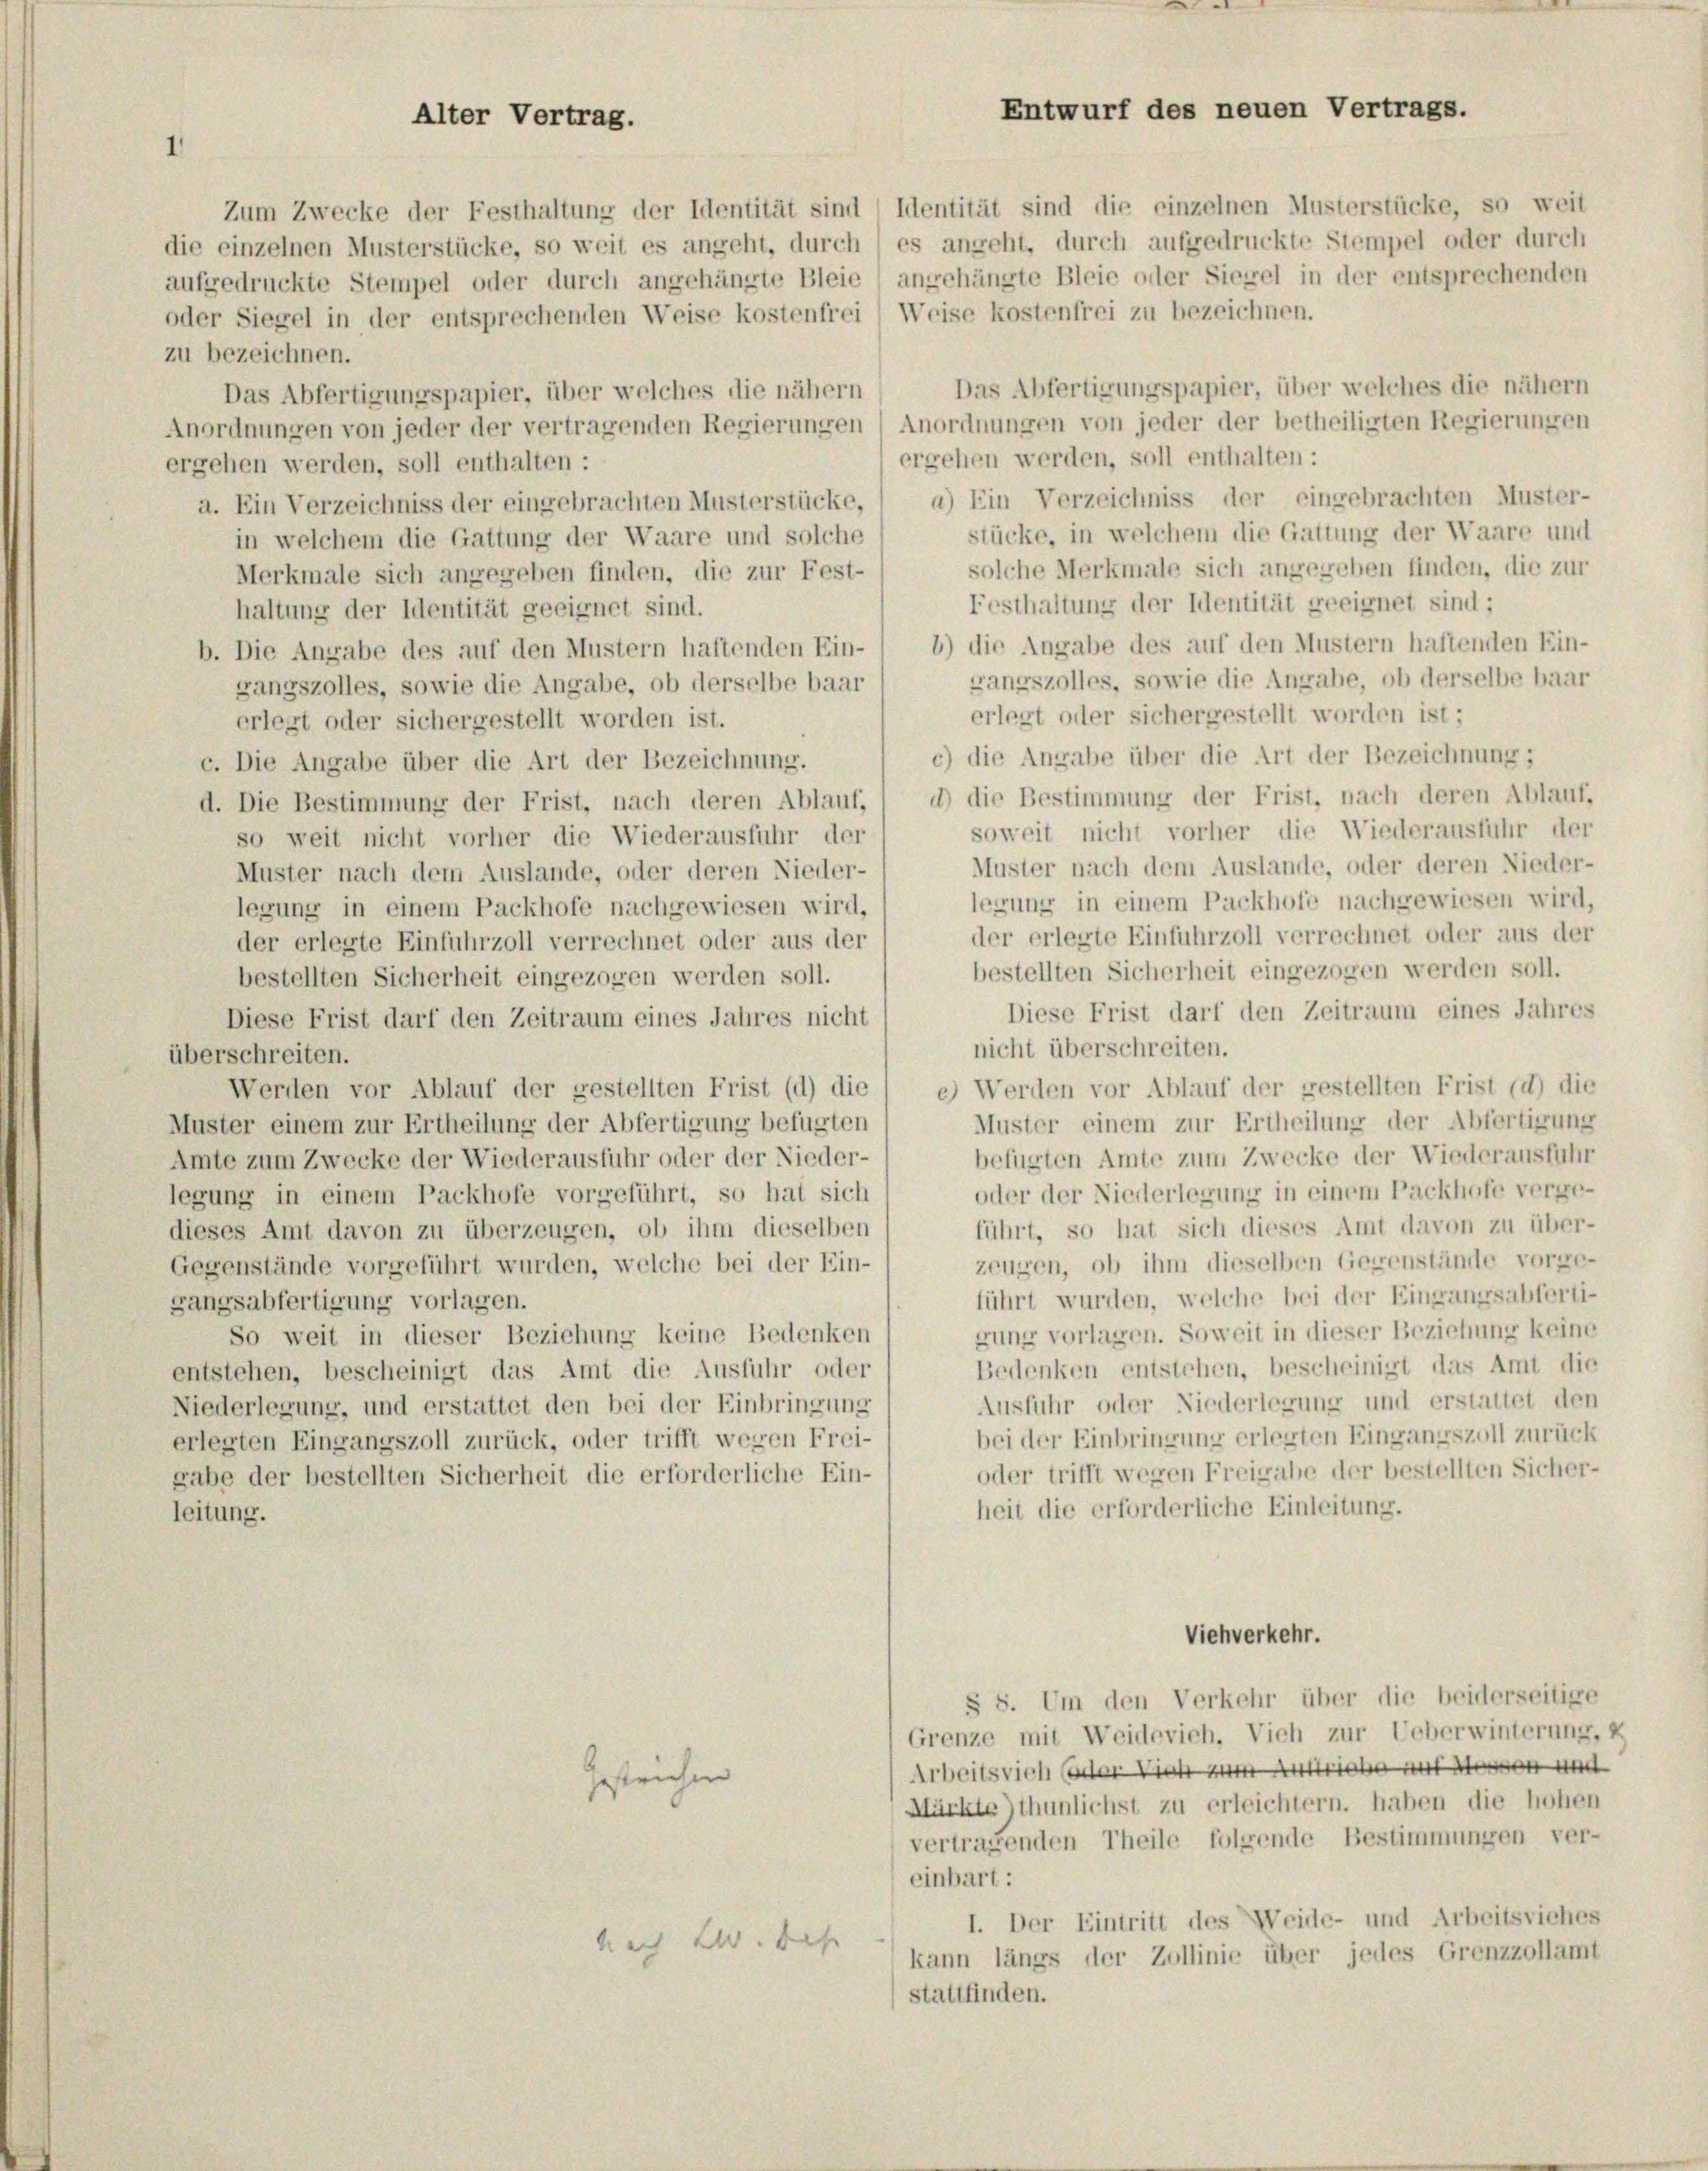
Alter Vertrag.

Zum Zwecke der Festhaltung der Identität sind (Identität sind die einzelnen Musterstücke, so weit
die einzelnen Musterstücke, so weit es angeht, durch / es angeht, durch aufgedruckte Stempel oder durch
aufgedruckte Stempel oder durch angehängte Bleie) angehängte Bleie oder Siegel in der entsprechenden
oder Siegel in der entsprechenden Weise kostenfrei Weise kostenfrei zu bezeichnen.
zu bezeichnen.
Das Abfertigungspapier, über welches die nähern
Das Abfertigungspapier, über welches die nähern
Anordnungen von jeder der vertragenden Regierungen Anordnungen von jeder der betheiligten Regierungen
ergehen werden, soll enthalten:
ergehen werden, soll enthalten :
a. Ein Verzeichniss der eingebrachten Musterstücke, ( a) Ein Verzeichniss der eingebrachten Muster-
stücke, in welchem die Gattung der Waare und
in welchem die Gattung der Waare und solche
solche Merkmale sich angegeben finden, die zur
Merkmale sich angegeben finden, die zur Fest-
Festhaltung der Identität geeignet sind;
haltung der Identität geeignet sind.
b. Die Angabe des auf den Mustern haftenden Ein- / b) die Angabe des auf den Mustern haftenden Ein-
gangszolles, sowie die Angabe, ob derselbe baar
gangszolles, sowie die Angabe, ob derselbe baar
erlegt oder sichergestellt worden ist;
erlegt oder sichergestellt worden ist.
c) die Angabe über die Art der Bezeichnung;
c. Die Angabe über die Art der Bezeichnung.
d. Die Bestimmung der Frist, nach deren Ablauf, ( d) die Bestimmung der Frist, nach deren Ablauf,
soweit nicht vorher die Wiederausführ der
so weit nicht vorher die Wiederausfuhr der
Muster nach dem Auslande, oder deren Nieder-
Muster nach dem Auslande, oder deren Nieder-
legung in einem Packhofe nachgewiesen wird,
legung in einem Packhofe nachgewiesen wird,
der erlegte Einfuhrzoll verrechnet oder aus der
der erlegte Einfuhrzoll verrechnet oder aus der
bestellten Sicherheit eingezogen werden soll.
bestellten Sicherheit eingezogen werden soll.
Diese Frist darf den Zeitraum eines Jahres
Diese Frist darf den Zeitraum eines Jahres nicht
nicht überschreiten.
überschreiten.
Werden vor Ablauf der gestellten Frist (d) die / e) Werden vor Ablauf der gestellten Frist (a) die
Muster einem zur Ertheilung der Abfertigung
Muster einem zur Ertheilung der Abfertigung befugten
befugten Amte zum Zwecke der Wiederausfuhr
Amte zum Zwecke der Wiederausfuhr oder der Nieder-
oder der Niederlegung in einem Packhofe verge-
legung in einem Packhofe vorgeführt, so hat sich
führt, so hat sich dieses Amt davon zu über-
dieses Amt davon zu überzeugen, ob ihm dieselben
zeugen, ob ihm dieselben Gegenstände vorge-
Gegenstände vorgeführt wurden, welche bei der Ein-
führt wurden, welche bei der Eingangsabferti-
gangsabfertigung vorlagen.
gung vorlagen. Soweit in dieser Beziehung keine
So weit in dieser Beziehung keine Bedenken
Bedenken entstehen, bescheinigt das Amt die
entstehen, bescheinigt das Amt die Ausfuhr oder
Ausfuhr oder Niederlegung und erstattet den
Niederlegung, und erstattet den bei der Einbringung
bei der Einbringung erlegten Eingangszoll zurück
erlegten Eingangszoll zurück, oder trifft wegen Frei-
oder trifft wegen Freigabe der bestellten Sicher-
gabe der bestellten Sicherheit die erforderliche Ein-
heit die erforderliche Einleitung.
leitung.
Viehverkehr.
§ 8. Um den Verkehr über die beiderseitige
Grenze mit Weidevieh, Vieh zur Ueberwinterung, z
Arbeits vich (oder Vieh zum Antrich mit den und
gestrichen
Märkte thunlichst zu erleichtern. haben die hohen
vertragenden Theile folgende Bestimmungen ver-
einbart:
I. Der Eintritt des Weide- und Arbeitsviehes
Nach 2. Sehr
kann längs der Zollinie über jedes Grenzzollamt
stattfinden.

Entwurf des neuen Vertrags.